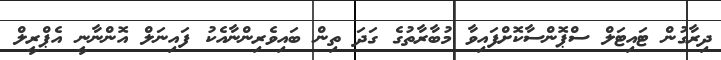
ދިރާގުން ޓައިޓަލް ސްޕޮންސާކޮށްފައިވާ މުބާރާތުގެ ގަދަ ތިން ބައިވެރިންނާއެކު ފައިނަލް އޮންނާނީ އެޕްރީލް